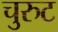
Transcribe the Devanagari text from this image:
चुरुट